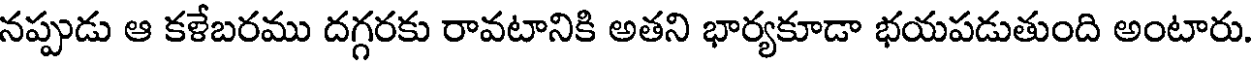
నప్పుడు ఆ కళేబరము దగ్గరకు రావటానికి అతని భార్యకూడా భయపడుతుంది అంటారు